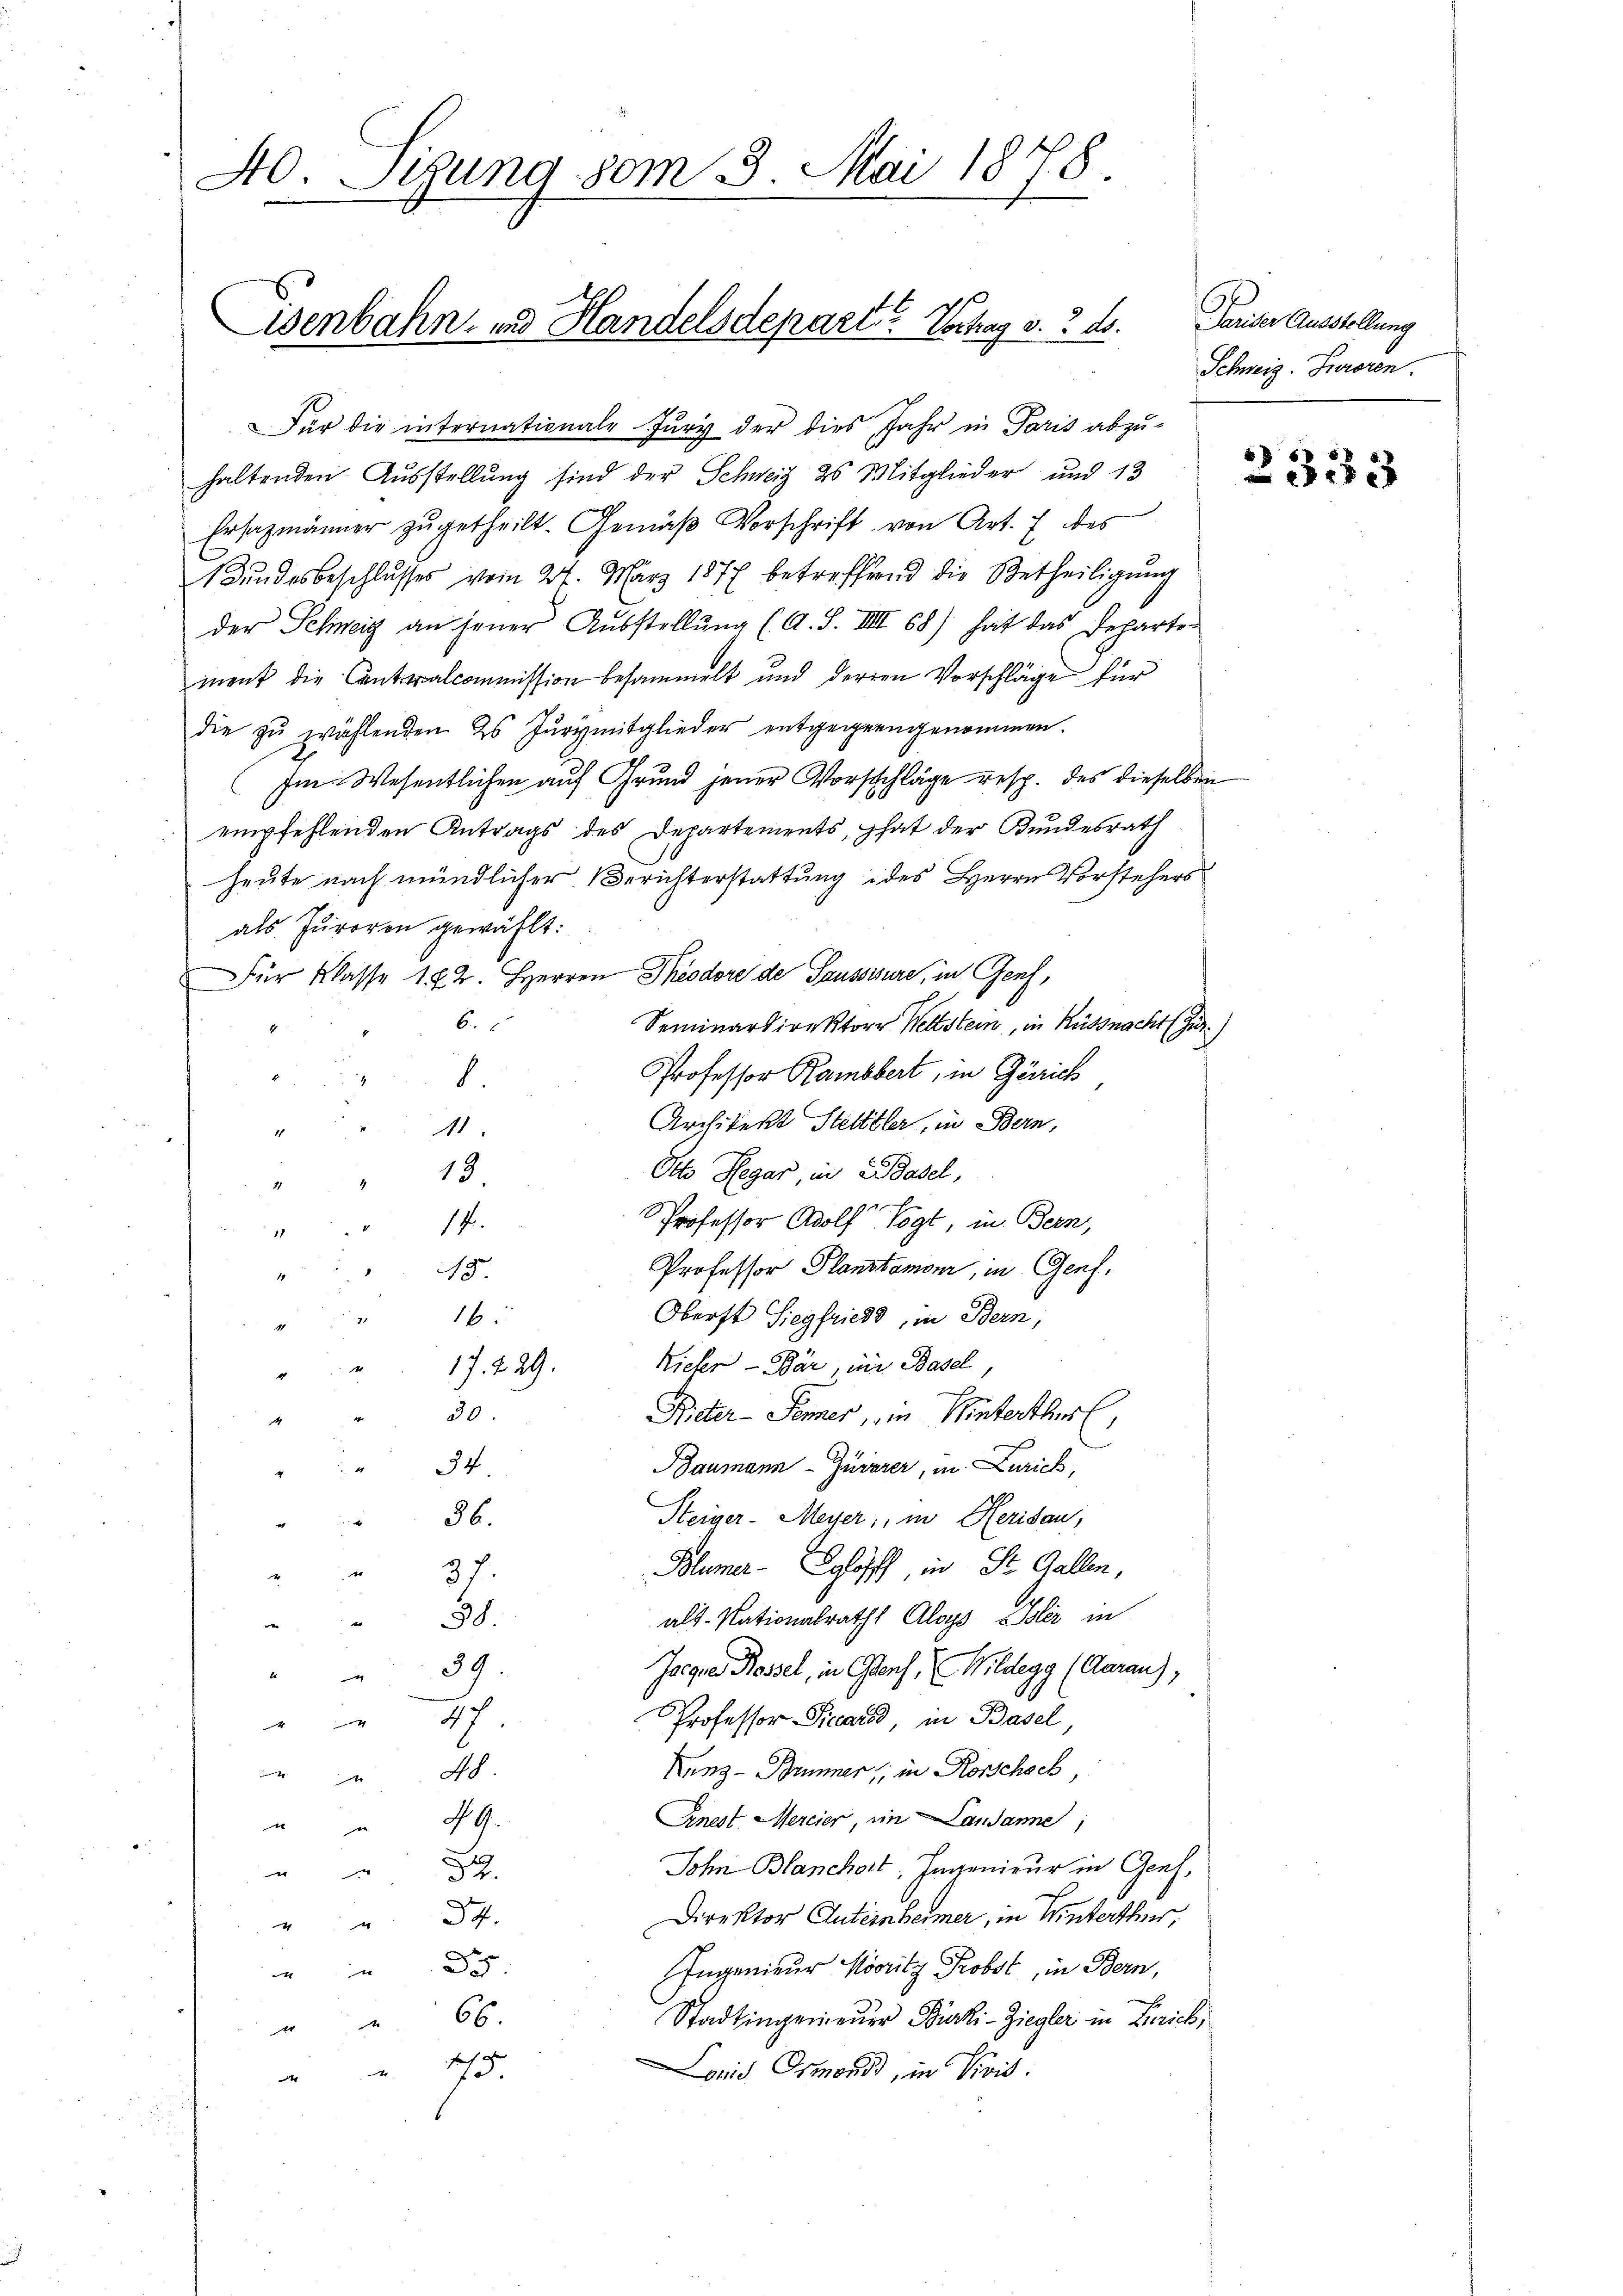
40 Sezung vom 3. Mai 1878.
e

Eisenbahn und Handelsdepart? Vortrag v. ds.

Für die internationale Jury der dies Jahr in Paris abzu-
haltenden Ausstellung sind der Schweiz 20 Mitglieder und 13
Ersatzmänner zugetheilt. Gemäß Vorschrift von Art. 7 des
Bundesbeschlusses vom 24. März 1877 betreffend die Betheiligŭng
der Schweig an jener Aŭsstellŭng (A. S. VIII 68) hat das Departe
ment die Cantonalcommission besammelt und deren Vorschläge für
die zŭ wählenden Hs. Jŭrymitglieder entgegengenommen.
Im Wesentlichen auf Grund jener Vorschläge resp. des dieselben
 empfehlenden Antrags des Departements, hat der Kundesrath
heute nach mündlicher Berichterstattung des Herrn Vorstehers
als Juroren gewählt:
Für Klasse 122. HHerren Theodore de Saussisure, in Genf,
6.
Seminardirektor Weltstein, in Küssnacht (Zur.)
Professor Rambbert, in Zürich
.
Architekt Stelltler, in Bern,
11.
1
Otto Hegar, in Basel,
13
11
Professor Adolf Vogt, in Bern,
" 17
Professor Planstamour, in Genf.
15
u
Oberst Siegfrieds, in Bern,
16.
11
Rieher - Bär, in Basel
4
17. 229.
Rieter-Semes, in Winterthur
30.
4
Baumann - Gurerer, in Zürich,
34
Steiger-Meyer, in Herisau,
56.
Blumer-Schloff in Dr. Gallen,
 37.
als Nationalrath Aloys Bler in
" 38.
Jace Rossel, in Glarus, Wildegg (Aarau),
39
Professor Picars, in Basel,
 47
Kunz - Brünner, in Rorschech
48
Einest Mercier, im Lausanne,
u " 49.
John Blanchert, Ingenieur in Genf,

Direktor Auteinheimer, in Winterthur,
" " 34.
Ingenieur Mooritz Probst, in Bern,
e
h
Stadtingenieuer Bürki-Ziegler in Zürich,
" " 66.
Lonig Ormonds, in Vivis:
48

Pariser Ausstellung
Schweiz. Juroren.

2333